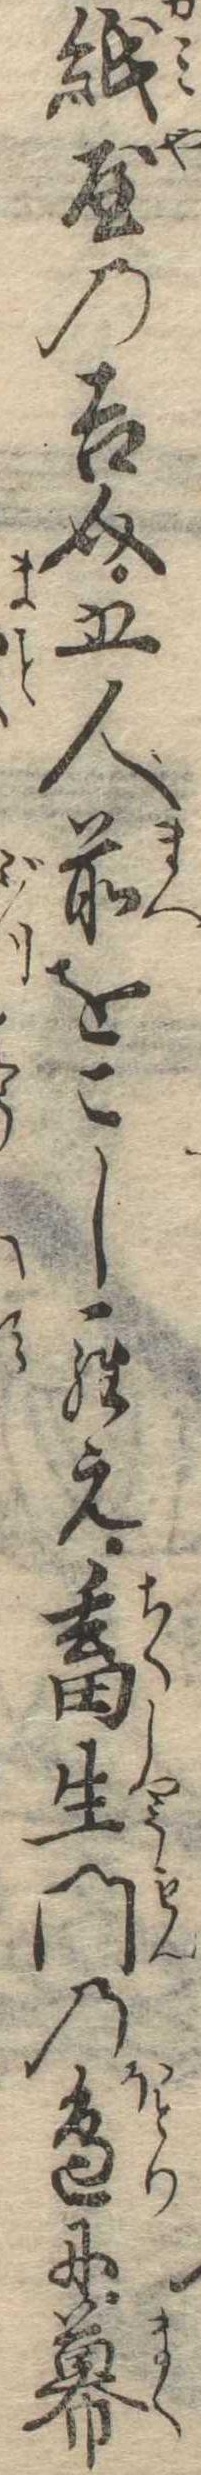
紙屋の吉介五人前をこしらえ畜生門の辺に幕